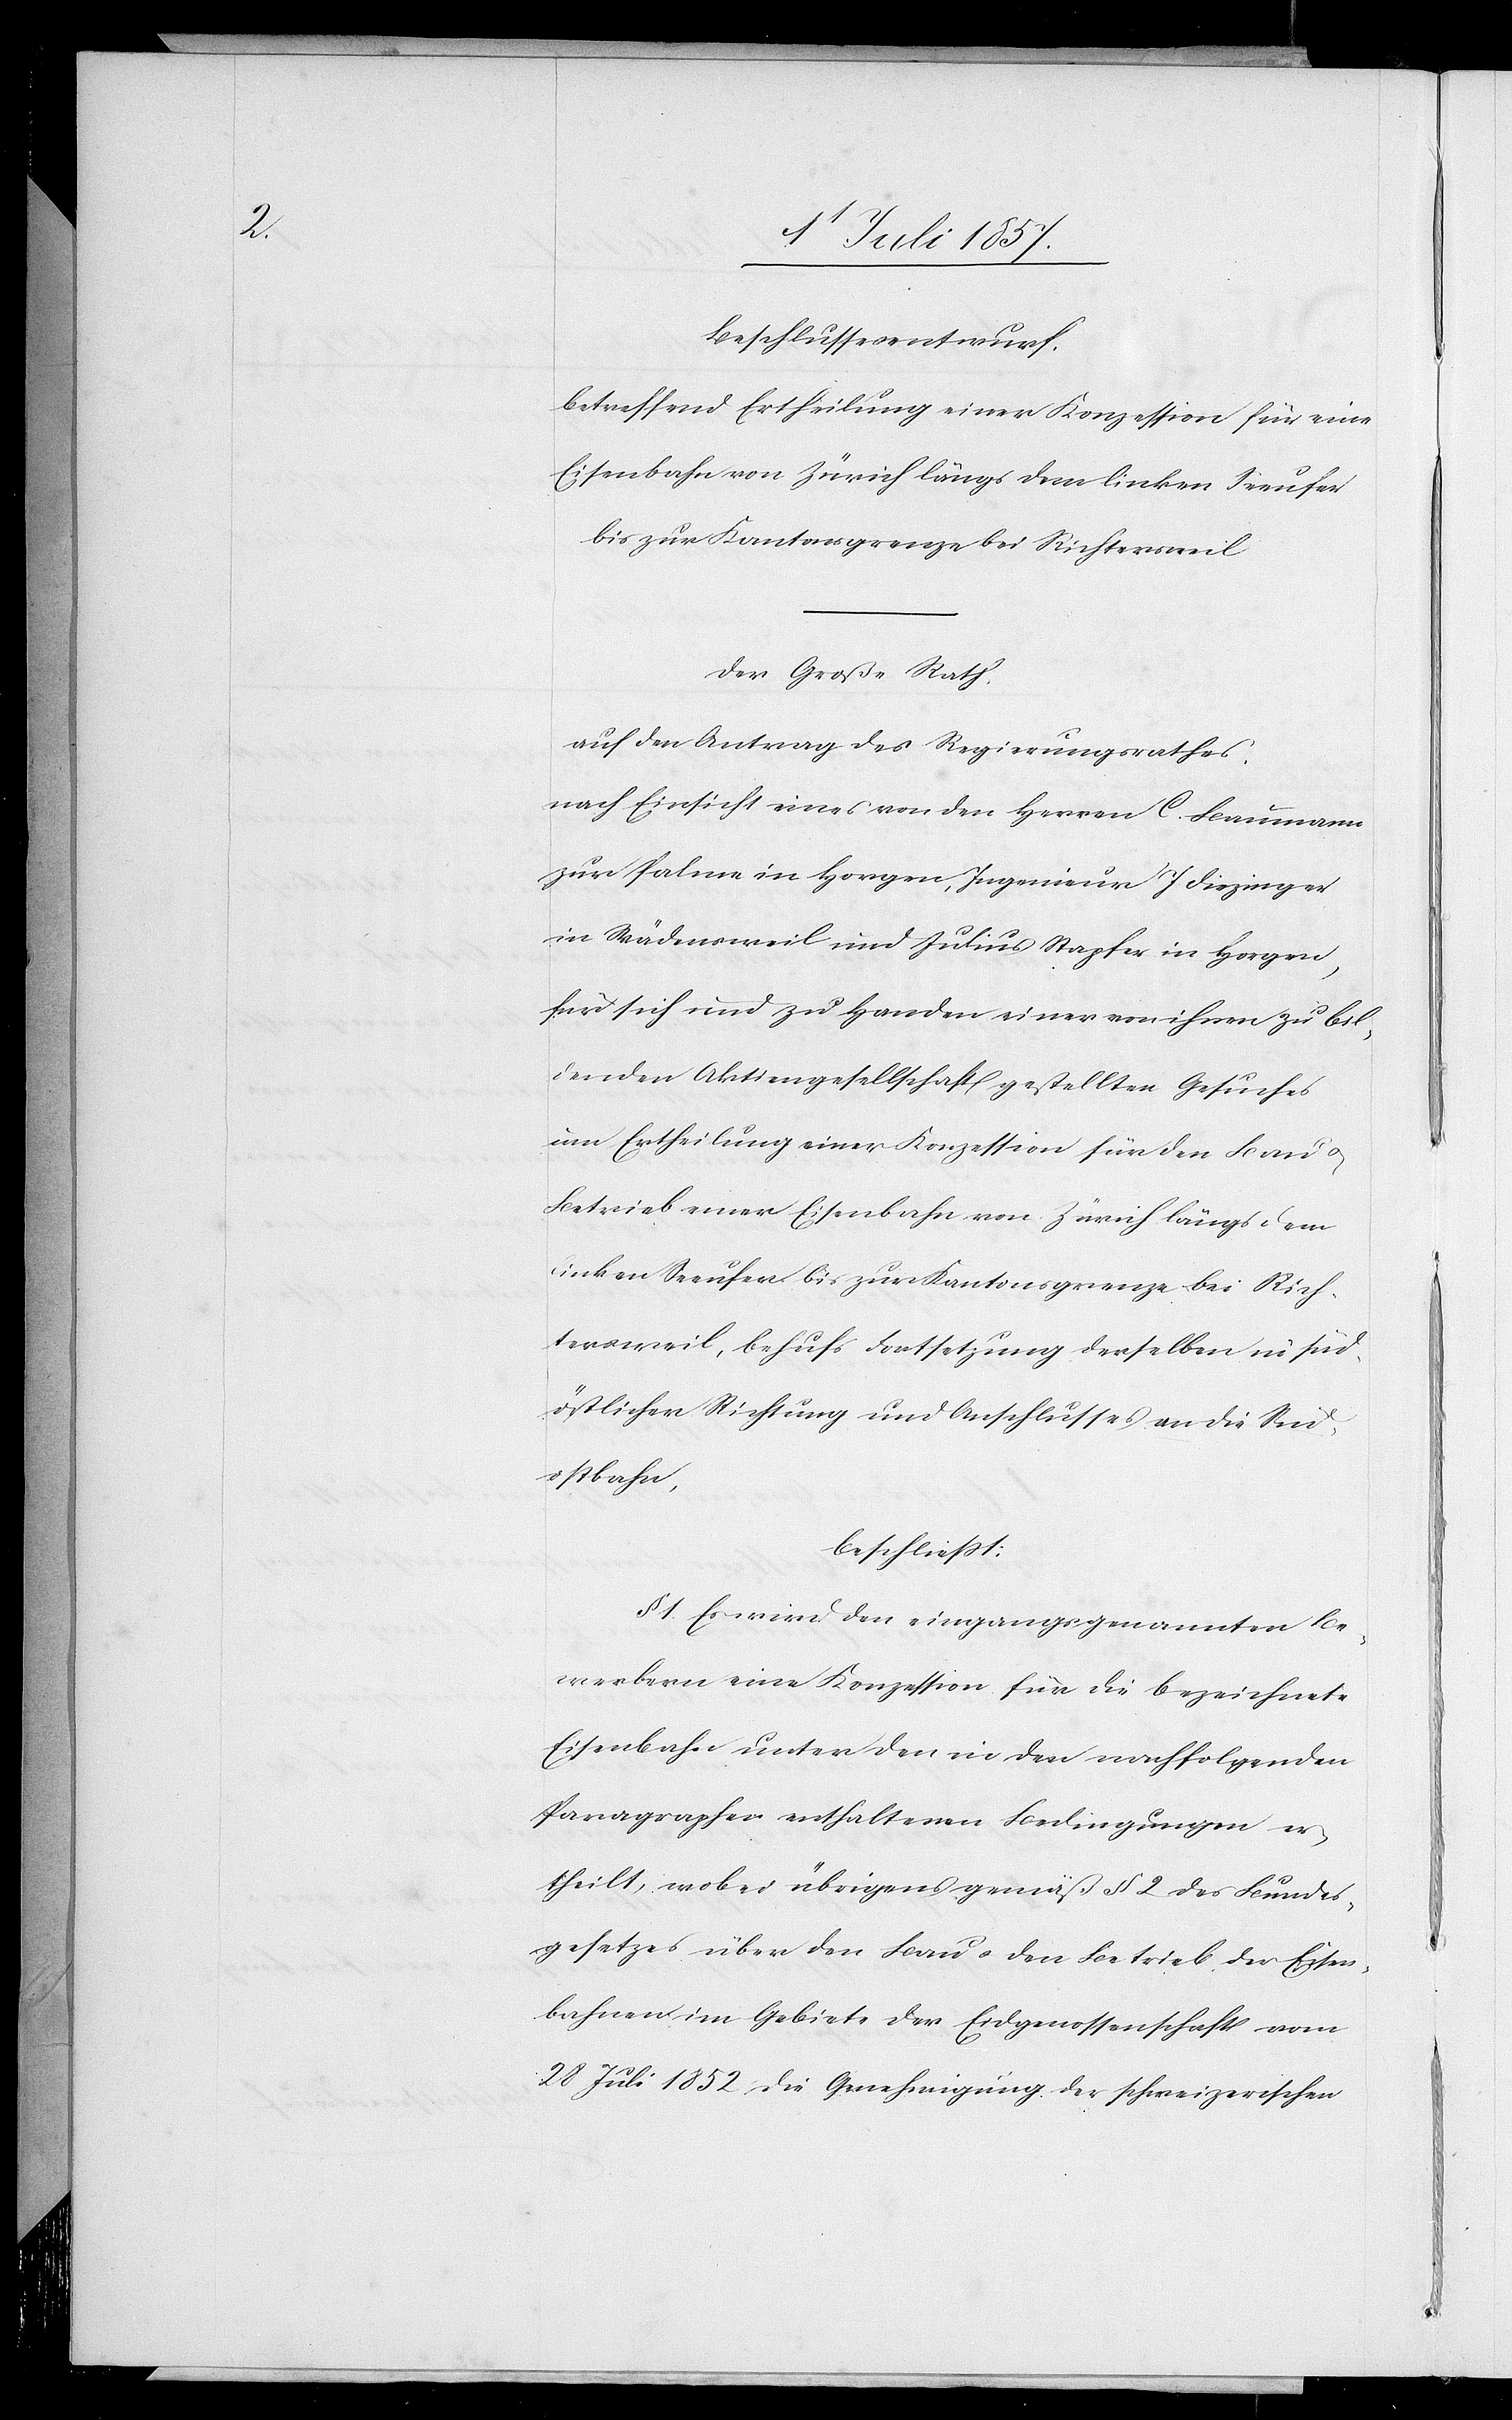
Beschlussesentwurf.
Betreffend Ertheilung einer Konzession für eine
Eisenbahn von Zürich längs dem linken Seeufer
bis zur Kantonsgrenze bei Richtersweil.
Der Große Rath
auf den Antrag des Regierungsrathes:
nach Einsicht eines an den Herrn C. Brumann
zur Palme in Horgen, Ingenieur J. Diezinger
in Wädensweil und Julius Stapfer in Horgen,
für sich und zu Handen einer von ihnen zu bil¬
denden Aktiengesellschaft[en] gestellten Gesuches
um Ertheilung einer Konzession für den Bau &
Betrieb einer Eisenbahn von Zürich längs dem
linken Seeufer bis zur Kantonsgrenze bei Rich¬
tersweil, behufs Fortsetzung derselben in süd¬
östlicher Richtung und Anschlusses an die Süd¬
ostbahn,
beschließt:
§ 1 Es wird den eingangsgenannten Be¬
werbern eine Konzession für die bezeichnete
Eisenbahn unter den in den nachfolgenden
Paragraphen enthaltenen Bedingungen er¬
theilt, wobei übrigens gemäß § 2 des Bundes¬
gesetzes über den Bau & den Betrieb der Eisen¬
bahnen im Gebiete der Eidgenossenschaft vom
28 Juli 1852 die Genehmigung der schweizerischen